Jaan_Tonisson_(Lasteleht), lk 258
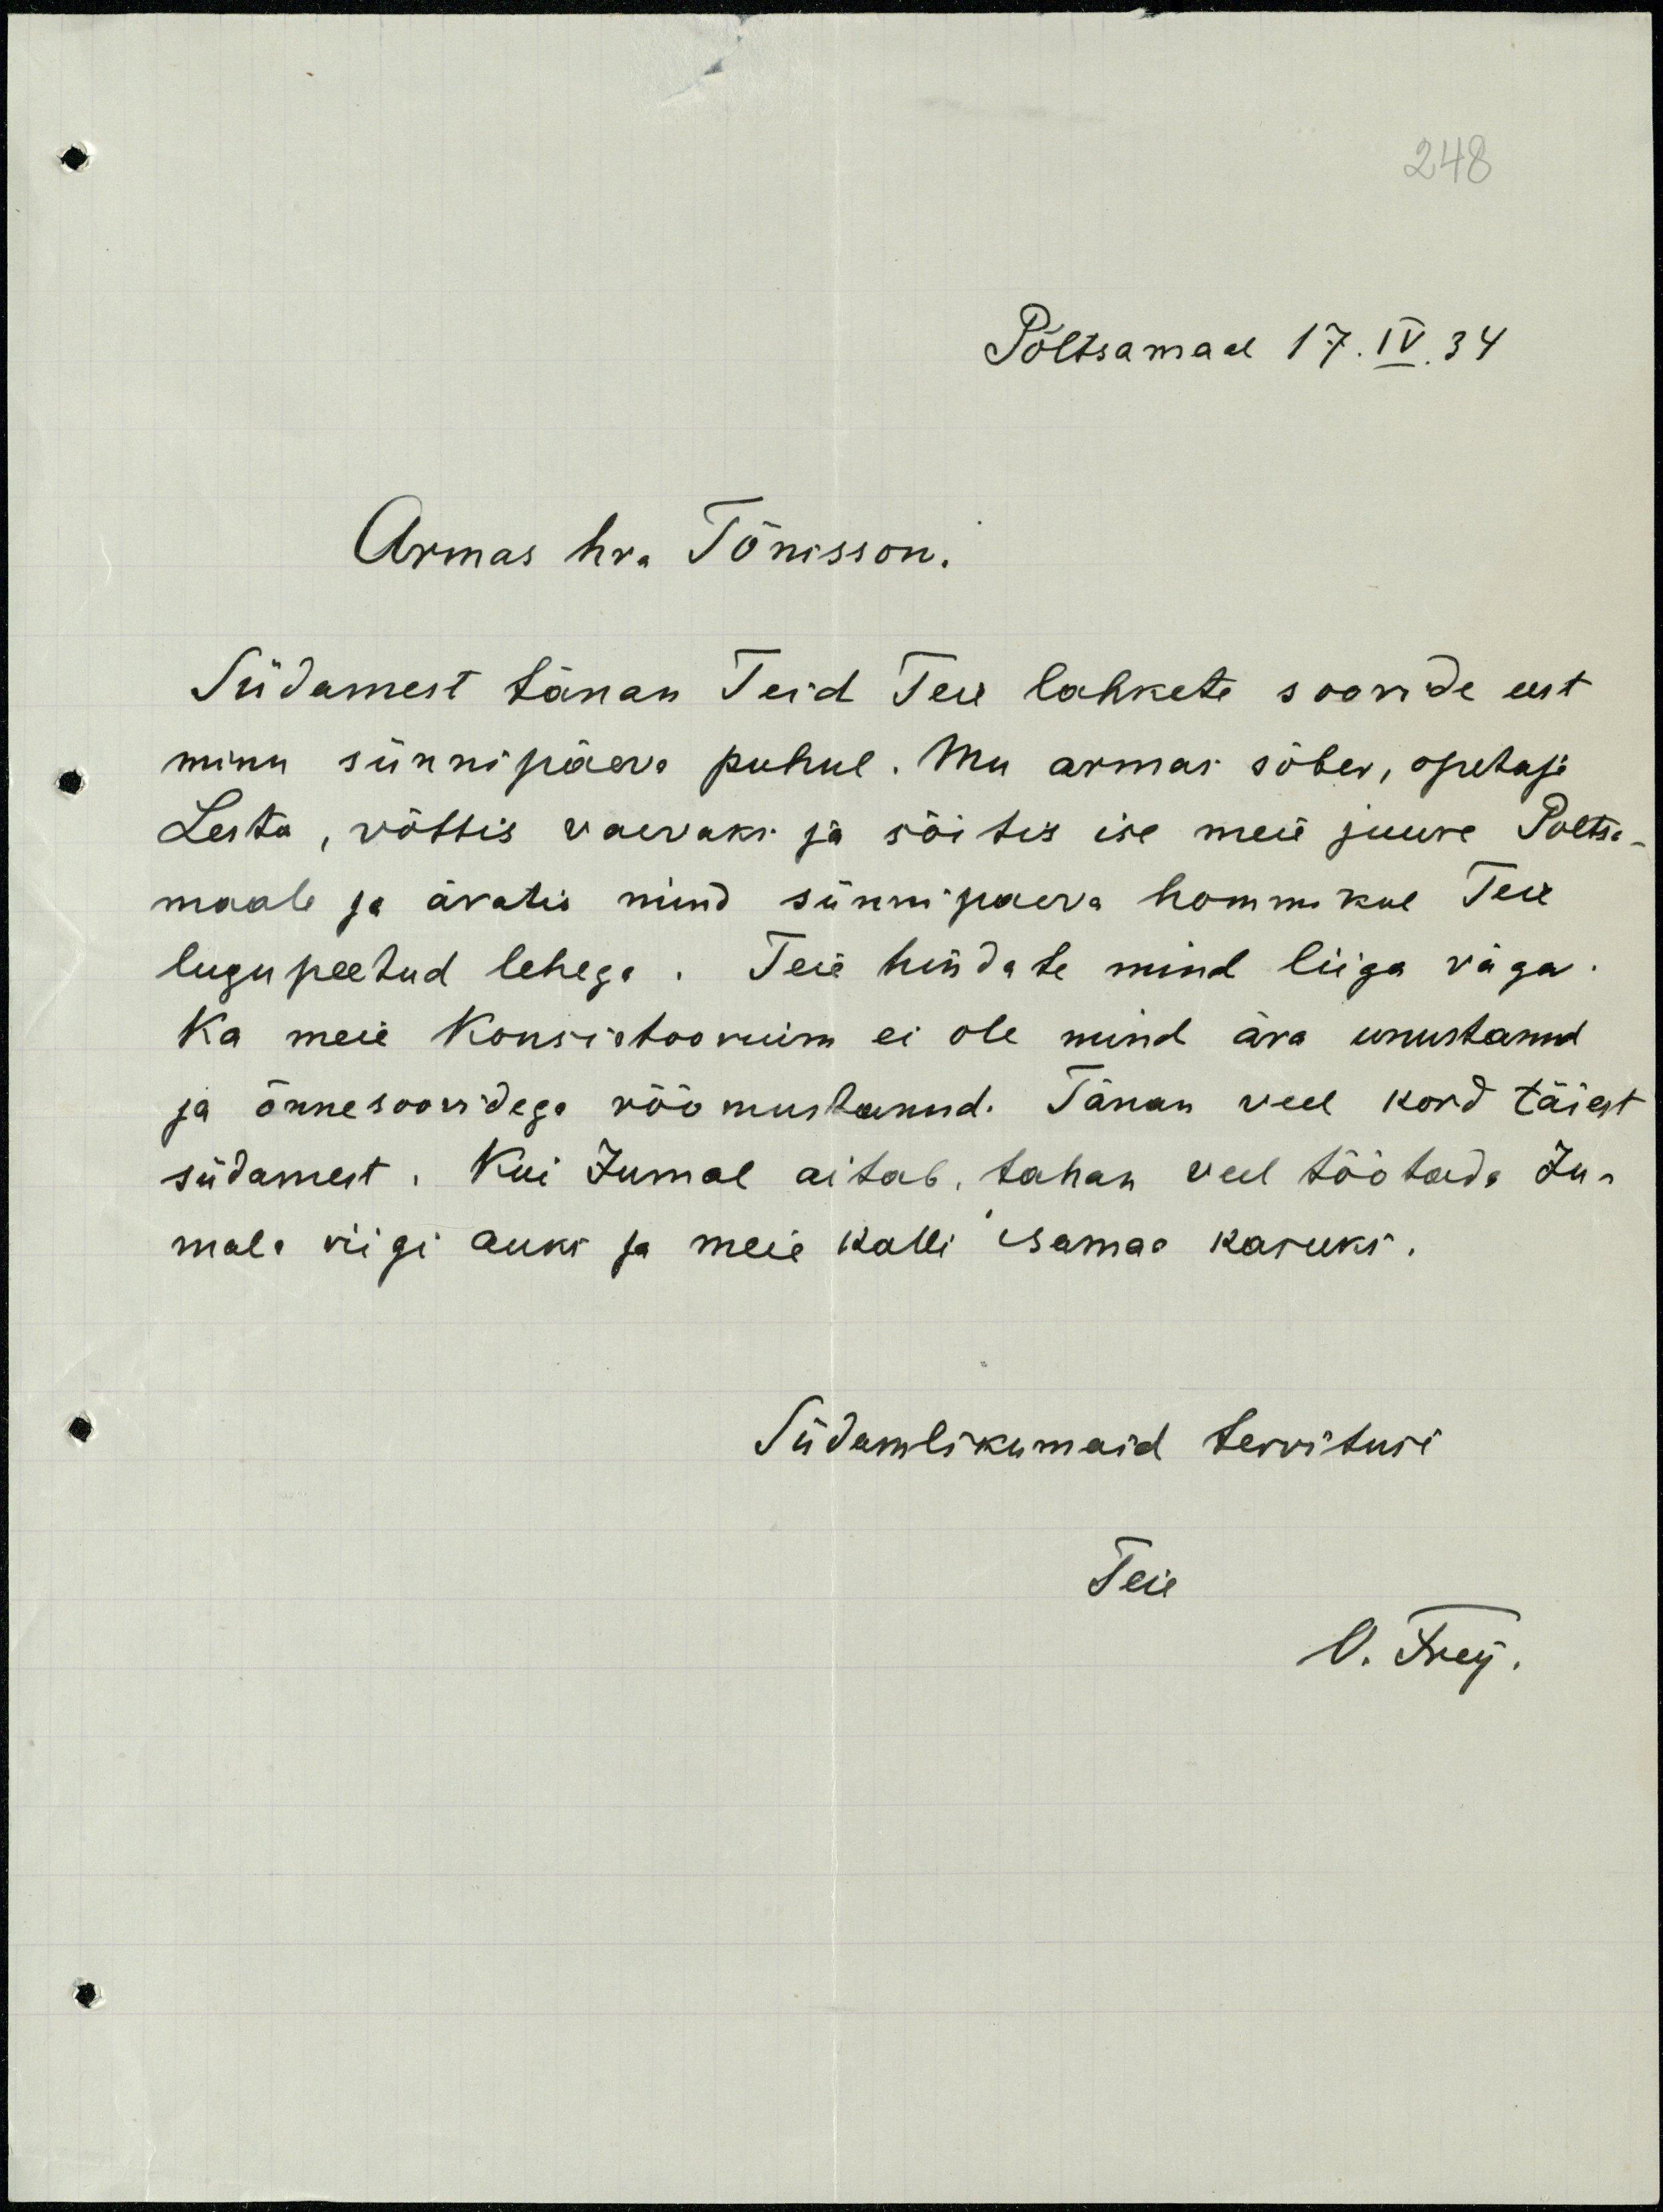
248
Põltsamaal 17.IV.34
Armas hra Tõnisson.
Südamest tänan Teid Teie lahkete soovide eest
minu sünnipäeva puhul. Mu armas sõber, õpetaja
Lesta, võttis vaevaks ja sõitis ise meie juure Põltsa
maale ja äratis mind sünnipäeva hommikul Teie
lugupeetud lehega. Teie hindate mind liiga väga.
Ka meie Konsistoorium ei ole mind ära unustanud
ja õnnesoovidega rõõmustanud. Tänan veel kord täiest
südamest. Kui Jumal aitab, tahan veel töötada Ju-
mala riigi auks ja meie kalli isamas kasuks.
Südamlikumaid tervitusi
Teie
V. Frey.